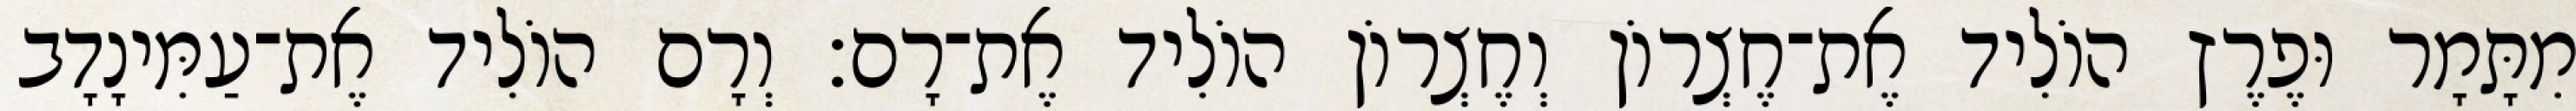
מִתָּמָר וּפֶרֶץ הוֹלִיד אֶת־חֶצְרוֹן וְחֶצְרוֹן הוֹלִיד אֶת־רָם׃ וְרָם הוֹלִיד אֶת־עַמִּינָדָב